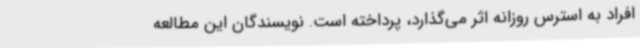
افراد به استرس روزانه اثر می‌گذارد، پرداخته است. نویسندگان این مطالعه